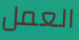
العمل